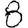
Digit: 8